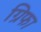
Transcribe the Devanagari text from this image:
ग्रिफा